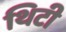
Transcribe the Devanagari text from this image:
थिटी